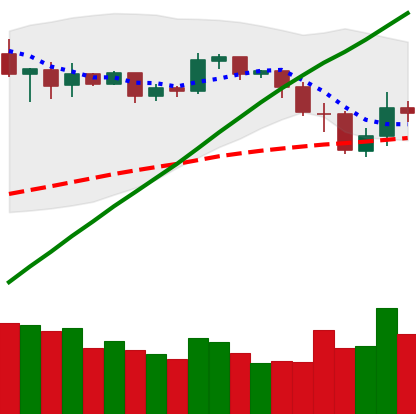
Ticker: BNB-USD
Chart end date: 2019-05-12
Forward return: 23.294%
Label: up_7plus